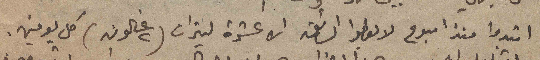
ابتدوا منذ اسبوع لا يعطوا السائق الا عشرة ليترات (٢ غالون) كل يومين.